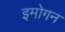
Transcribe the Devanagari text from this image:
इमोगन